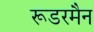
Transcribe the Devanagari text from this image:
रूडरमैन